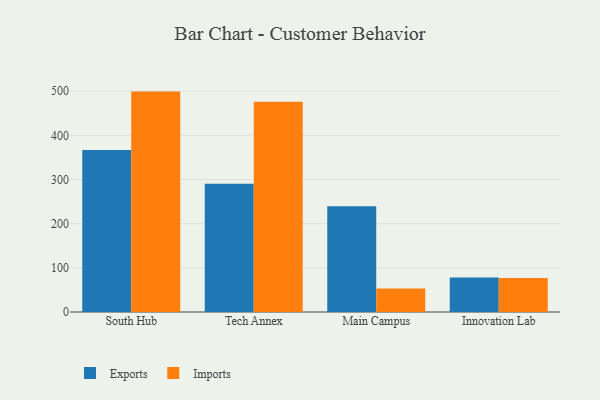
{"axis": {"x": "Campus", "y": "Satisfaction Score"}, "legend": ["Exports", "Imports"], "data": [{"x": "South Hub", "y": 366.7, "type": "Exports"}, {"x": "South Hub", "y": 499.0, "type": "Imports"}, {"x": "Tech Annex", "y": 290.3, "type": "Exports"}, {"x": "Tech Annex", "y": 475.8, "type": "Imports"}, {"x": "Main Campus", "y": 239.2, "type": "Exports"}, {"x": "Main Campus", "y": 53.2, "type": "Imports"}, {"x": "Innovation Lab", "y": 78.0, "type": "Exports"}, {"x": "Innovation Lab", "y": 77.1, "type": "Imports"}]}